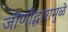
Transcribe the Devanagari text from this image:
जीर्णोद्धारामुळे